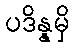
ပဒိန္နမှိ